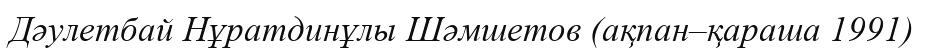
Дәулетбай Нұратдинұлы Шәмшетов (ақпан–қараша 1991)